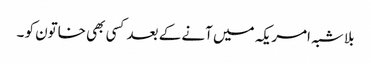
بلا شبہ امریکہ میں آنے کے بعد کسی بھی خاتون کو ۔